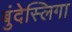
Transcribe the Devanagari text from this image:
बुंदेस्लिगा